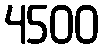
4500